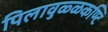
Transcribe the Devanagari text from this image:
पिलावुळ्ळकण्टि